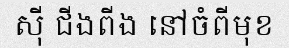
ស៊ី ជីងពីង នៅចំពីមុខ